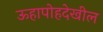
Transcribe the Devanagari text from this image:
ऊहापोहदेखील